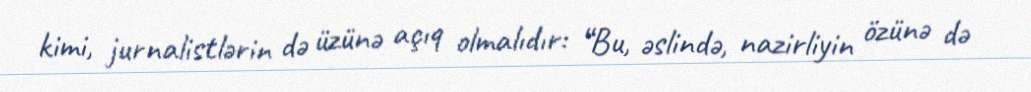
kimi, jurnalistlərin də üzünə açıq olmalıdır: “Bu, əslində, nazirliyin özünə də